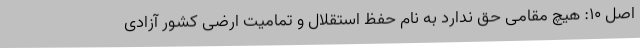
اصل 10: هیچ مقامی حق ندارد به نام حفظ استقلال و تمامیت ارضی کشور آزادی